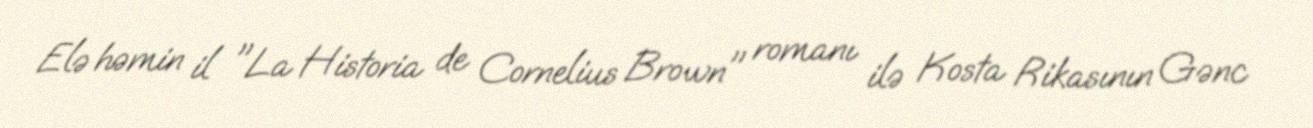
Elə həmin il "La Historia de Cornelius Brown" romanı ilə Kosta Rikasının Gənc